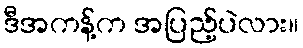
ဒီအကန့်က အပြည့်ပဲလား။